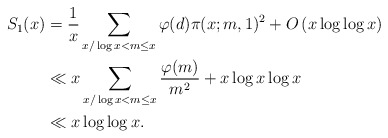
\begin{align*}S_1(x)&=\frac{1}{x}\sum_{x/\log x<m\le x}\varphi(d)\pi(x;m,1)^2+O\left(x\log\log x\right)\\&\ll x\sum_{x/\log x<m\le x}\frac{\varphi(m)}{m^2}+x\log x\log x\\&\ll x\log\log x.\end{align*}